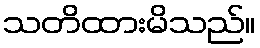
သတိထားမိသည်။